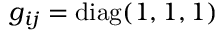
g _ { i j } = \mathrm { d i a g } ( 1 , 1 , 1 )